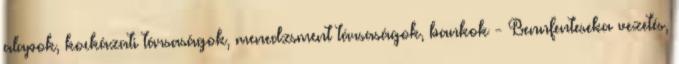
alapok, kockázati társaságok, menedzsment társaságok, bankok - Bennfenteseka vezetés,